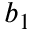
b _ { 1 }